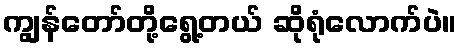
ကျွန်တော်တို့ရွေ့တယ် ဆိုရုံလောက်ပဲ။